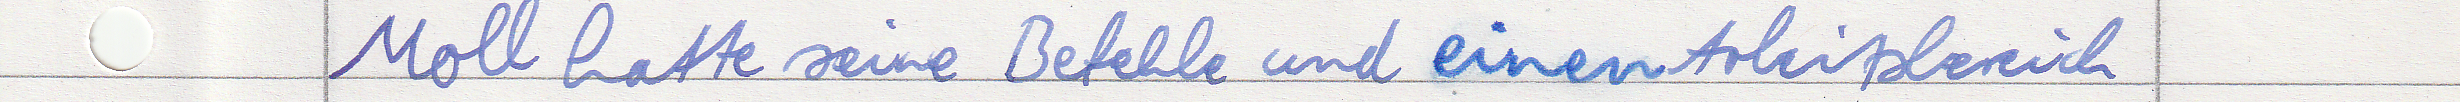
Moll hatte seine Befehle und einen Arbeitsbereich